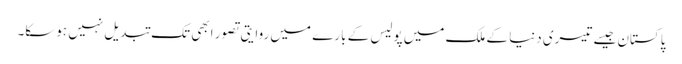
پاکستان جیسے تیسری دنیا کے ملک میں پولیس کے بارے میں روایتی تصور ابھی تک تبدیل نہیں ہوسکا۔